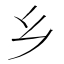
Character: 乡